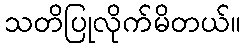
သတိပြုလိုက်မိတယ်။